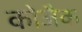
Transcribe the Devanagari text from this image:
कोजैक